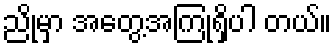
ညိုမှာ အတွေ့အကြုံရှိပါ တယ်။